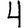
Digit: 4